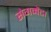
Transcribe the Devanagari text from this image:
सेगमेंट।